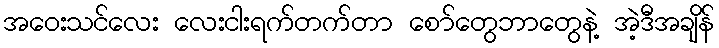
အဝေးသင်လေး လေးငါးရက်တက်တာ စော်တွေဘာတွေနဲ့ အဲ့ဒီအချိန်